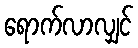
ရောက်လာလျှင်